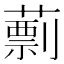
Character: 𦾑